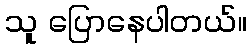
သူ ပြောနေပါတယ်။